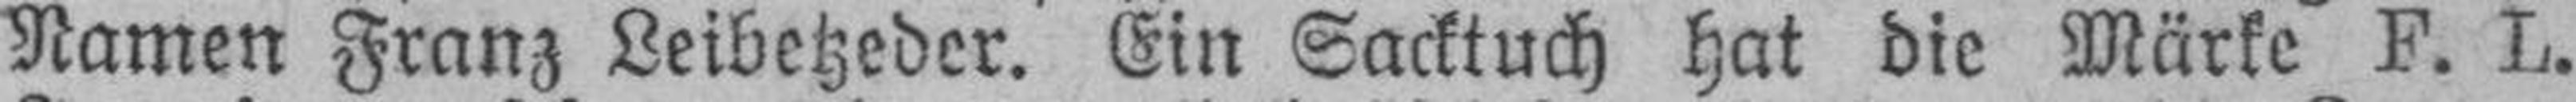
Namen Franz Leibetzeder. Ein Sacktuch hat die Märke F. L.